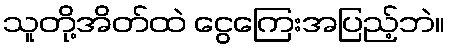
သူတို့အိတ်ထဲ ငွေကြေးအပြည့်ဘဲ။